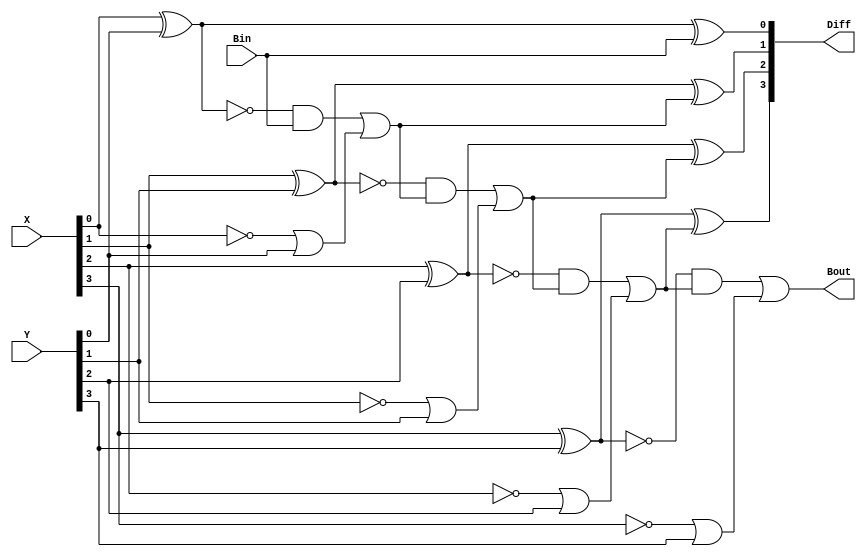
module Lab2_4_bit_BLS_gatelevel (input [3:0]X,Y,input Bin,output Bout,output[3:0]Diff);
    wire[3:0]P,G,X_not,P_not,PB;
    wire[3:1]B;

    xnor#(20)(P[0],X[0],Y[0]);
    xnor#(20)(P[1],X[1],Y[1]);
    xnor#(20)(P[2],X[2],Y[2]);
    xnor#(20)(P[3],X[3],Y[3]);
    not(X_not[0],X[0]);
    not(X_not[1],X[1]);
    not(X_not[2],X[2]);
    not(X_not[3],X[3]);
    or#(10)(G[0],X_not[0],Y[0]);
    or#(10)(G[1],X_not[1],Y[1]);
    or#(10)(G[2],X_not[2],Y[2]);
    or#(10)(G[3],X_not[3],Y[3]);
    and#(10)(PB[0],P[0],Bin);
    and#(10)(PB[1],P[1],B[1]);
    and#(10)(PB[2],P[2],B[2]);
    and#(10)(PB[3],P[3],B[3]);
    or#(10)(B[1],PB[0],G[0]);
    or#(10)(B[2],PB[1],G[1]);
    or#(10)(B[3],PB[2],G[2]);
    or#(10)(Bout,PB[3],G[3]);
    not(P_not[0],P[0]);
    not(P_not[1],P[1]);
    not(P_not[2],P[2]);
    not(P_not[3],P[3]);
    xor#(20)(Diff[0],P_not[0],Bin);
    xor#(20)(Diff[1],P_not[1],B[1]);
    xor#(20)(Diff[2],P_not[2],B[2]);
    xor#(20)(Diff[3],P_not[3],B[3]);

endmodule